Annual administration report of the Civil Veterinary Department of India - 1896-1897
Year: 1896
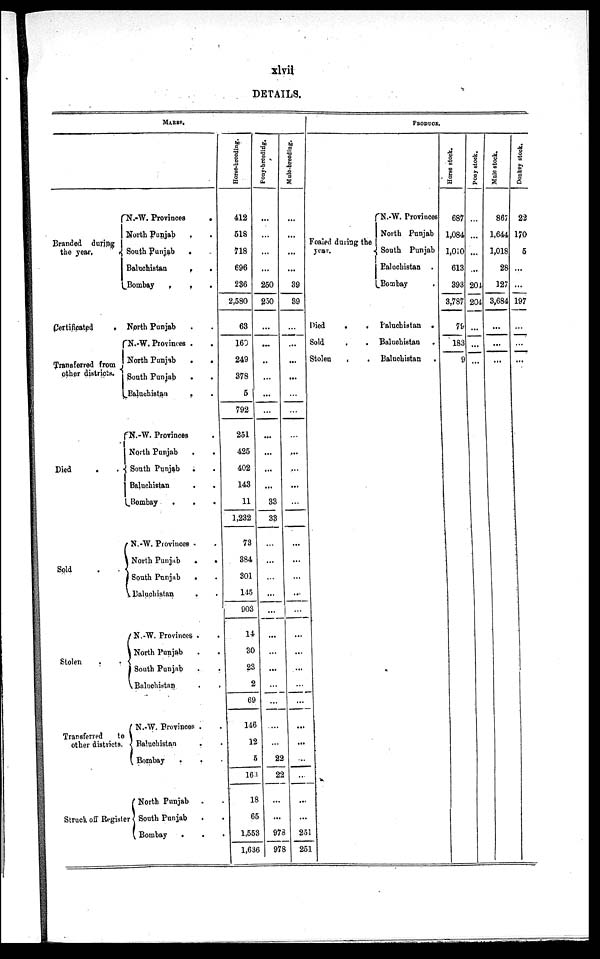
xlvii
DETAILS.
MARES.
Branded during
the year.
N.-W. Provinces
.
North Punjab . .
South Punjab
.
Baluchistan
.
.
Bombay . . .
Certificated
.
North Punjab . .
Transferred from
other districts.
N.-W. Provinces . .
North Punjab
.
.
South Punjab
Baluchistan . .
Died
.
.
N.-W. Provinces .
North Punjab . .
South Punjab . .
Baluchistan . .
Bombay
.
.
.
Sold .
N.-W. Provinces . .
North Punjab
.
.
South Punjab . .
Baluchistan . .
Stolen . .
N.-W. Provinces . .
North Punjab . .
South Punjab . .
Baluchistan . .
Transferred
to
other districts.
N.-W. Provinces . .
Baluchistan . .
Bombay . . .
Struck off Register
North Punjab .
South Punjab .
Bombay . . .
Horse-breeding.
412
518
718
696
236
2,580
63
160
249
378
5
792
251
425
402
143
11
1,232
73
384
301
145
903
14
30
23
2
69
146
12
5
16
18
65
1,553
1,636
Pony-breeding,
...
...
...
...
250
250
...
...
..
...
...
...
...
...
...
...
33
33
...
...
...
...
...
...
...
...
...
...
...
...
22
22
...
978
978
Mule-breeding.
...
...
...
...
39
39
...
...
...
...
...
...
...
...
...
...
...
...
...
...
...
...
...
...
...
...
...
...
...
...
...
...
...
...
251
251
PRODUCE.
Foaled during the
year.
Died .
Sold .
Stolen
.
N.-W. Provinces
North Punjab
South Punjab
Baluchistan .
Bombay .
. Paluchistan .
. Baluchistan
Baluchistan
Hor s e st ock.
687
1,084
1,010
613
393
3,787
79 ...
183
9
Pony stock.
...
...
...
...
204
204
...
...
...
Male stock.
867
1,644
1,018
28
127
3,684
...
...
...
Donkey stock.
22
170
5
...
...
197
...
...
...